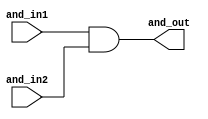
module and_gate (
input wire and_in1,and_in2,
output wire and_out
);

assign and_out=and_in1 & and_in2;
endmodule